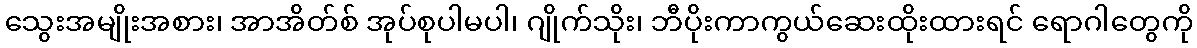
သွေးအမျိုးအစား၊ အာအိတ်စ် အုပ်စုပါမပါ၊ ဂျိုက်သိုး၊ ဘီပိုးကာကွယ်ဆေးထိုးထားရင် ရောဂါတွေကို